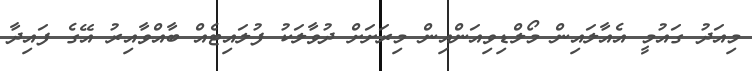
މިއަދު ގައުމީ އެއާލައިން މޯލްޑިވިއަންއިން މިރަށަށް ދުވާލަކު ފުލައިޓެއް ބާއްވާއިރު އޭގެ ފައިދާ